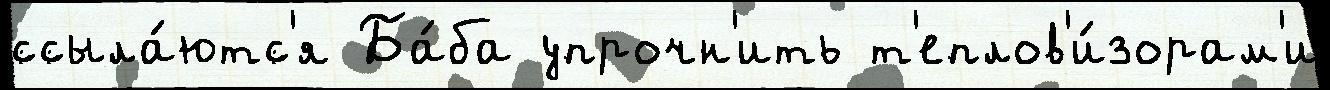
ссыла́ютс'я Ба́ба упрочн'ить т'еплов'и́зорам'и